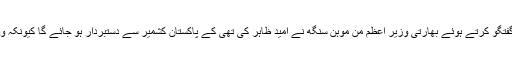
بدھ کو نئی دہلی میں مدیران سے گفتگو کرتے ہوئے بھارتی وزیر اعظم من موہن سنگھ نے اُمید ظاہر کی تھی کے پاکستان کشمیر سے دستبردار ہو جائے گا کیونکہ وہ اندرونی مسائل میں الجھا ہوا ہے۔